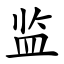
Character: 监